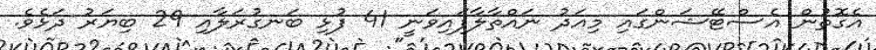
އެގޮތުން އެސްޓޭޝަންގައި މިއަދު ނައްތާލާފައިވަނީ 41 ފުޅި ބަނގުރަލާއި 29 ބިޔަރު ދަޅެވެ.